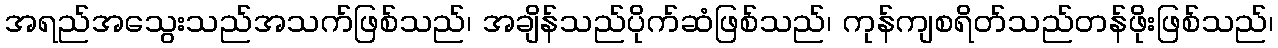
အရည်အသွေးသည်အသက်ဖြစ်သည်၊ အချိန်သည်ပိုက်ဆံဖြစ်သည်၊ ကုန်ကျစရိတ်သည်တန်ဖိုးဖြစ်သည်၊